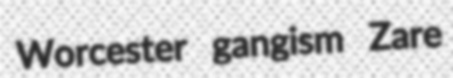
Worcester gangism Zare